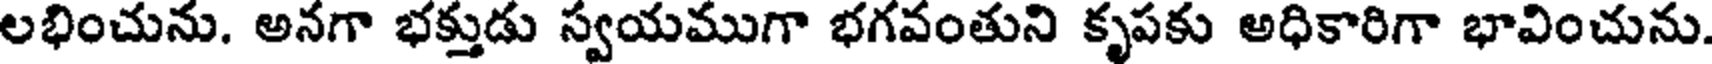
లభించును. అనగా భక్తుడు స్వయముగా భగవంతుని కృపకు అధికారిగా భావించును